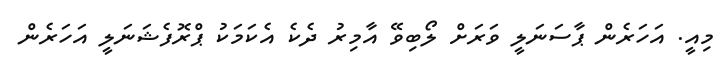
މިއީ. އަހަރެން ޕާސަނަލީ ވަރަށް ލޯބިވޭ އާމިރު ދެކެ އެކަމަކު ޕްރޮފެޝަނަލީ އަހަރެން